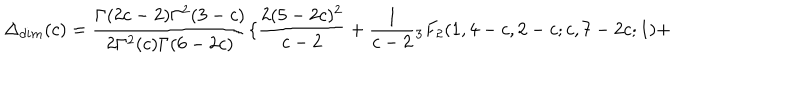
\Delta _ { d i m } ( c ) = \frac { \Gamma ( 2 c - 2 ) \Gamma ^ { 2 } ( 3 - c ) } { 2 \Gamma ^ { 2 } ( c ) \Gamma ( 6 - 2 c ) } \{ \frac { 2 ( 5 - 2 c ) ^ { 2 } } { c - 2 } + \frac { 1 } { c - 2 } { } _ { 3 } F _ { 2 } ( 1 , 4 - c , 2 - c ; c , 7 - 2 c ; 1 ) +